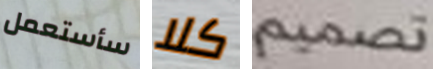
سأستعمل كلا تصميم